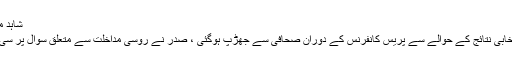
شاہد مختار 8 نومبر , 2018 9 نومبر , 2018 68 مناظر
امریکہ کے صدر ڈونلڈ ٹرمپ کی وائٹ ہائوس میں انتخابی نتائج کے حوالے سے پریس کانفرنس کے دوران صحافی سے جھڑپ ہوگئی ، صدر نے روسی مداخلت سے متعلق سوال پر سی این این کے صحافی کو ‘عوام کا دشمن’ قرار دے دیا ۔